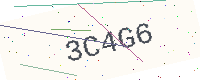
Text: 3C4G6